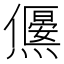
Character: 𤑅